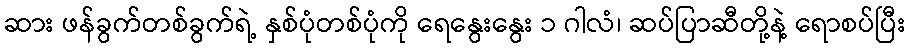
ဆား ဖန်ခွက်တစ်ခွက်ရဲ့ နှစ်ပုံတစ်ပုံကို ရေနွေးနွေး ၁ ဂါလံ၊ ဆပ်ပြာဆီတို့နဲ့ ရောစပ်ပြီး